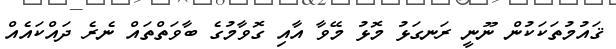
ޤައުމުތަކަކުން ނޫނީ ރަނގަޅު މޮޅު މޭވާ އާއި ގޮވާމުގެ ބާވަތްތައް ނެރެ ދައްކައެއް